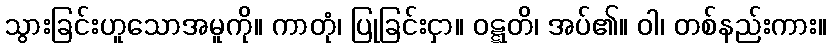
သွားခြင်းဟူသောအမူကို။ ကာတုံ၊ ပြုခြင်းငှာ။ ဝဋ္ဋတိ၊ အပ်၏။ ဝါ၊ တစ်နည်းကား။